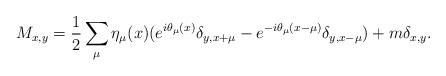
LaTeX: \begin{align*}M_{x,y}=\frac{1}{2}\sum_{\mu}\eta_{\mu}(x)(e^{i\theta_{\mu}(x)}\delta_{y,x+\mu}-e^{-i\theta_{\mu}(x-\mu)}\delta_{y,x-\mu})+m\delta_{x,y}.\end{align*}